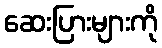
ဆေးပြားများကို